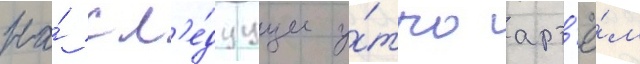
На́ сл'е́дуущее у́тро арт'ё́м